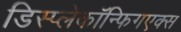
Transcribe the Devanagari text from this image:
डिस्प्लेकॉन्फिगएक्स